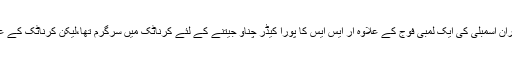
مرکزی کابینہ کے درجنوں وزیر، کئی صوبوں کے وزرائے اعلیٰ ، ممبران پارلیمنٹ اور ممبران اسمبلی کی ایک لمبی فوج کے علاوہ آر ایس ایس کا پورا کیڈر چناؤ جیتنے کے لئے کرناٹک میں سرگرم تھا،لیکن کرناٹک کے عوام نے بی جے پی کو واضح اکثریت نہیں دی اور وہ آسمان سے گرکے کھجور میں اٹک گئی۔